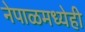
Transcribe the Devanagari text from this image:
नेपाळमध्येही